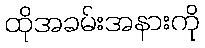
ထိုအခမ်းအနားကို